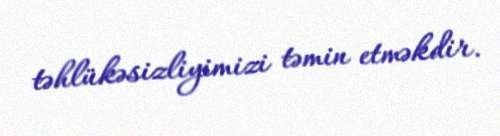
təhlükəsizliyimizi təmin etməkdir.